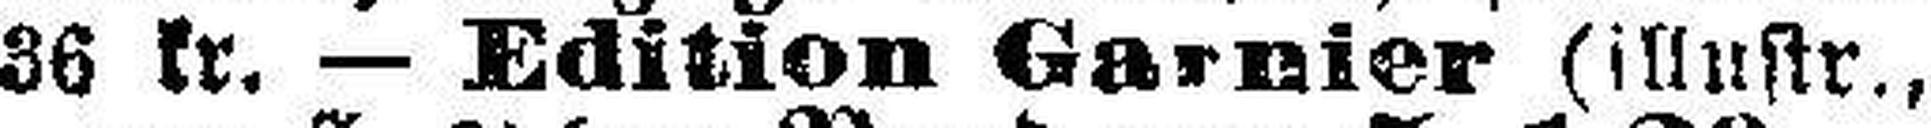
36 kr. — Edition Garnier (illustr.,